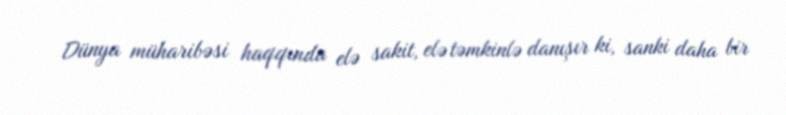
Dünya müharibəsi haqqında elə sakit, elə təmkinlə danışır ki, sanki daha bir